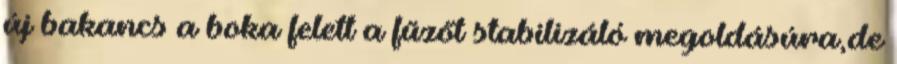
új bakancs a boka felett a fűzőt stabilizáló megoldásúra,de